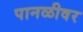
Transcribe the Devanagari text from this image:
पानळीवर